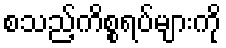
စသည့်ကိစ္စရပ်များကို